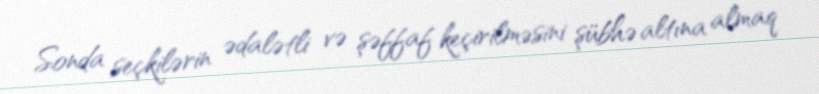
Sonda seçkilərin ədalətli və şəffaf keçirilməsini şübhə altına almaq